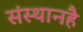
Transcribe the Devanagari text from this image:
संस्थानहै